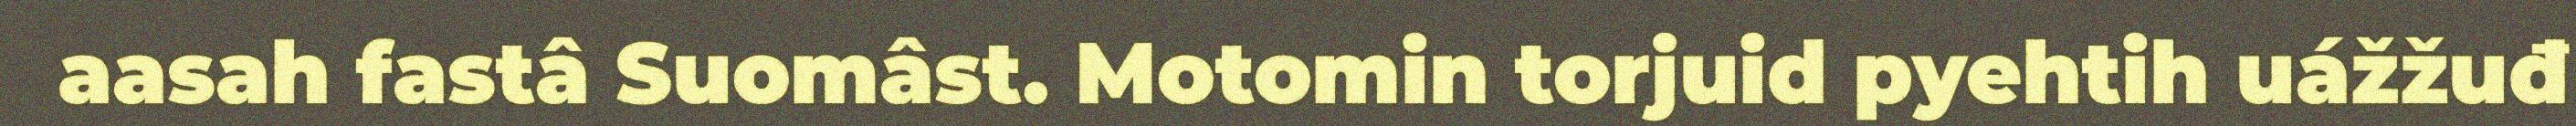
aasah fastâ Suomâst. Motomin torjuid pyehtih uážžuđ